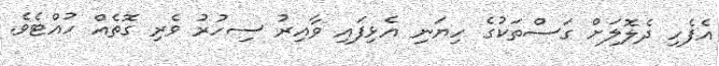
އެފެހި ދެލޮލަށް ގަސްތަކުގެ ހިޔަނި އެޅިފައި ވާއިރު ސިހުރު ވެރި ގޮތެއް ހުއްޓެވެ.